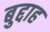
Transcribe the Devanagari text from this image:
बुद्दाह